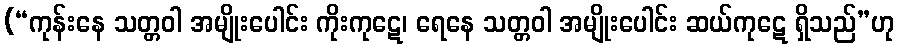
(“ကုန်းနေ သတ္တဝါ အမျိုးပေါင်း ကိုးကုဋေ၊ ရေနေ သတ္တဝါ အမျိုးပေါင်း ဆယ်ကုဋေ ရှိသည်”ဟု